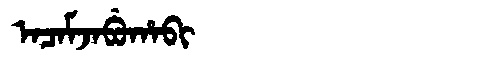
Manchu: ᠠᠴᠠᠮᠵᠠᠪᡠᡥᠠᠪᡳ
Romanization: ACAMJABUHABI